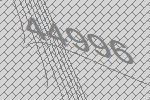
44996